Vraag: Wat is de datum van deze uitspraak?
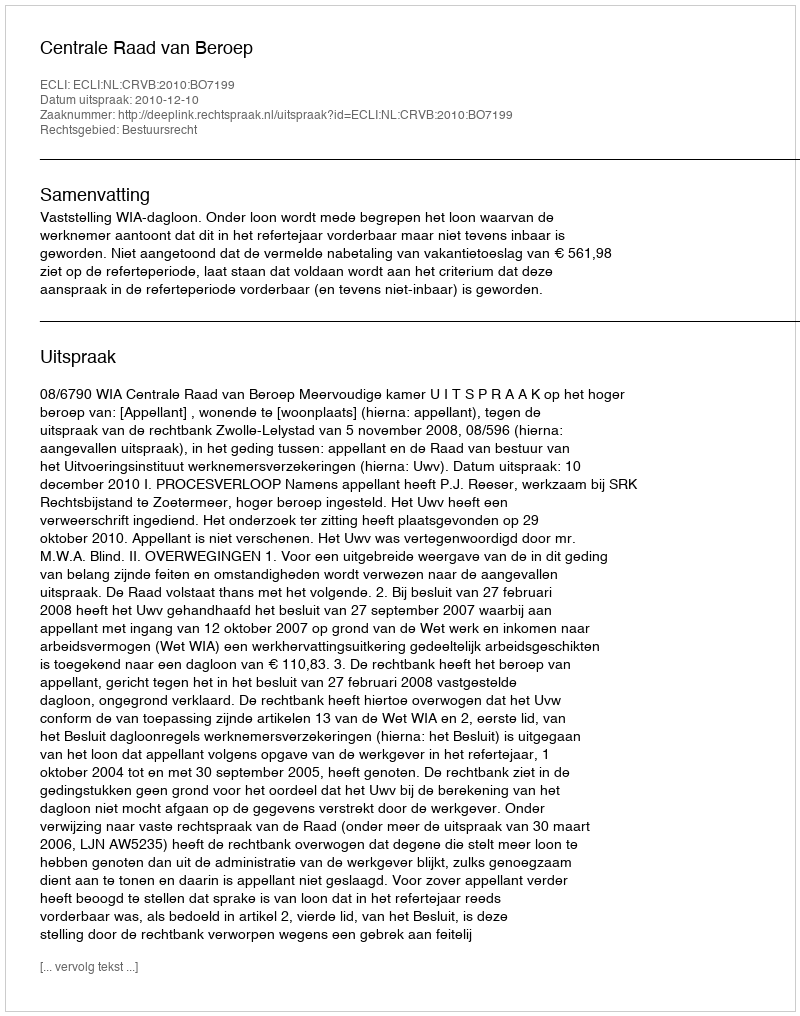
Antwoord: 2010-12-10